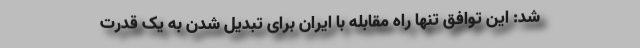
شد: این توافق تنها راه مقابله با ایران برای تبدیل شدن به یک قدرت